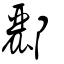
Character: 酈